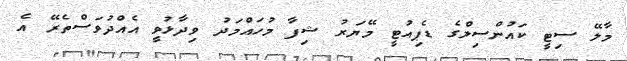
މާލޭ ސިޓީ ކައުންސިލްގެ ޑެޕިއުޓީ މޭޔަރު ޝިފާ މުހައްމަދު ވިދާޅުވީ އެއްދުވަސްތެރޭ އެ